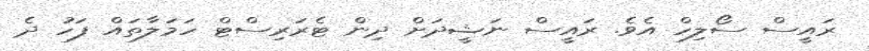
ރައީސް ސޯލިހް އެވެ. ރައީސް ނަޝީދަށް ދިން ޓެރަރިސްޓް ހަމަލާތައް ފަހު ދެ